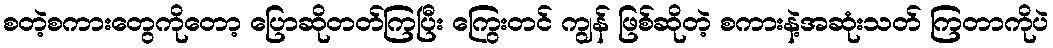
စတဲ့စကားတွေကိုတော့ ပြောဆိုတတ်ကြပြီး ကြွေးတင် ကျွန် ဖြစ်ဆိုတဲ့ စကားနဲ့အဆုံးသတ် ကြတာကိုပဲ